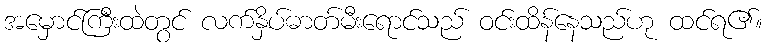
အမှောင်ကြီးထဲတွင် လက်နှိပ်ဓာတ်မီးရောင်သည် ဝင်းထိန်နေသည်ဟု ထင်ရ၏။